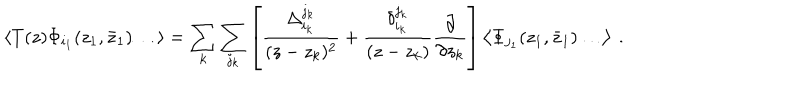
LaTeX: \left< T ( z ) \Phi _ { i _ { 1 } } ( z _ { 1 } , { \bar { z } } _ { 1 } ) \ldots \right> = \sum _ { k } \sum _ { j _ { k } } \left[ \frac { \Delta _ { i _ { k } } ^ { j _ { k } } } { ( z - z _ { k } ) ^ { 2 } } + \frac { \delta _ { i _ { k } } ^ { j _ { k } } } { ( z - z _ { k } ) } \frac { \partial } { \partial { z _ { k } } } \right] \left< \Phi _ { j _ { 1 } } ( z _ { 1 } , { \bar { z } } _ { 1 } ) \ldots \right> \: .